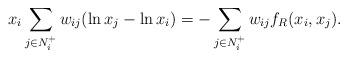
LaTeX: \begin{align*}x_i\sum_{j\in N_i^+} w_{ij}(\ln x_j-\ln x_i)=-\sum_{j\in N_i^+} w_{ij}f_R(x_i,x_j).\end{align*}